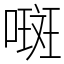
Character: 𫫨